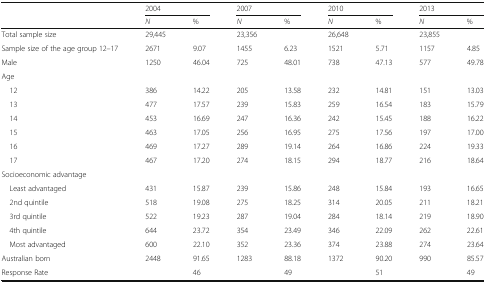
<table><thead><tr><td>[EMPTY_CELL]</td><td colspan="2"><b>2004</b></td><td colspan="2"><b>2007</b></td><td colspan="2"><b>2010</b></td><td colspan="2"><b>2013</b></td></tr><tr><td>[EMPTY_CELL]</td><td><b><i>N</i></b></td><td><b>%</b></td><td><b><i>N</i></b></td><td><b>%</b></td><td><b><i>N</i></b></td><td><b>%</b></td><td><b><i>N</i></b></td><td><b>%</b></td></tr></thead><tbody><tr><td>Total sample size</td><td>29,445</td><td>[EMPTY_CELL]</td><td>23,356</td><td>[EMPTY_CELL]</td><td>26,648</td><td>[EMPTY_CELL]</td><td>23,855</td><td>[EMPTY_CELL]</td></tr><tr><td>Sample size of the age group 12–17</td><td>2671</td><td>9.07</td><td>1455</td><td>6.23</td><td>1521</td><td>5.71</td><td>1157</td><td>4.85</td></tr><tr><td>Male</td><td>1250</td><td>46.04</td><td>725</td><td>48.01</td><td>738</td><td>47.13</td><td>577</td><td>49.78</td></tr><tr><td>Age</td><td>[EMPTY_CELL]</td><td>[EMPTY_CELL]</td><td>[EMPTY_CELL]</td><td>[EMPTY_CELL]</td><td>[EMPTY_CELL]</td><td>[EMPTY_CELL]</td><td>[EMPTY_CELL]</td><td>[EMPTY_CELL]</td></tr><tr><td> 12</td><td>386</td><td>14.22</td><td>205</td><td>13.58</td><td>232</td><td>14.81</td><td>151</td><td>13.03</td></tr><tr><td> 13</td><td>477</td><td>17.57</td><td>239</td><td>15.83</td><td>259</td><td>16.54</td><td>183</td><td>15.79</td></tr><tr><td> 14</td><td>453</td><td>16.69</td><td>247</td><td>16.36</td><td>242</td><td>15.45</td><td>188</td><td>16.22</td></tr><tr><td> 15</td><td>463</td><td>17.05</td><td>256</td><td>16.95</td><td>275</td><td>17.56</td><td>197</td><td>17.00</td></tr><tr><td> 16</td><td>469</td><td>17.27</td><td>289</td><td>19.14</td><td>264</td><td>16.86</td><td>224</td><td>19.33</td></tr><tr><td> 17</td><td>467</td><td>17.20</td><td>274</td><td>18.15</td><td>294</td><td>18.77</td><td>216</td><td>18.64</td></tr><tr><td>Socioeconomic advantage</td><td>[EMPTY_CELL]</td><td>[EMPTY_CELL]</td><td>[EMPTY_CELL]</td><td>[EMPTY_CELL]</td><td>[EMPTY_CELL]</td><td>[EMPTY_CELL]</td><td>[EMPTY_CELL]</td><td>[EMPTY_CELL]</td></tr><tr><td> Least advantaged</td><td>431</td><td>15.87</td><td>239</td><td>15.86</td><td>248</td><td>15.84</td><td>193</td><td>16.65</td></tr><tr><td> 2nd quintile</td><td>518</td><td>19.08</td><td>275</td><td>18.25</td><td>314</td><td>20.05</td><td>211</td><td>18.21</td></tr><tr><td> 3rd quintile</td><td>522</td><td>19.23</td><td>287</td><td>19.04</td><td>284</td><td>18.14</td><td>219</td><td>18.90</td></tr><tr><td> 4th quintile</td><td>644</td><td>23.72</td><td>354</td><td>23.49</td><td>346</td><td>22.09</td><td>262</td><td>22.61</td></tr><tr><td> Most advantaged</td><td>600</td><td>22.10</td><td>352</td><td>23.36</td><td>374</td><td>23.88</td><td>274</td><td>23.64</td></tr><tr><td>Australian born</td><td>2448</td><td>91.65</td><td>1283</td><td>88.18</td><td>1372</td><td>90.20</td><td>990</td><td>85.57</td></tr><tr><td>Response Rate</td><td>[EMPTY_CELL]</td><td>46</td><td>[EMPTY_CELL]</td><td>49</td><td>[EMPTY_CELL]</td><td>51</td><td>[EMPTY_CELL]</td><td>49</td></tr></tbody></table>